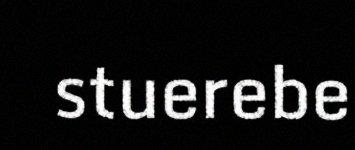
stuerebe